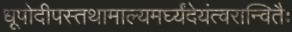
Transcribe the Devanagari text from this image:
धूपोदीपस्तथामाल्यमर्घ्यंदेयंत्वरान्वितैः